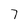
Character: 7